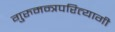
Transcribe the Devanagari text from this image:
गुरुमन्त्रपरित्यागी